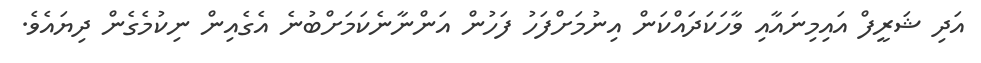
އަދި ޝަރީފް އައިމިނައާއި ވާހަކަދައްކަން އިނުމަށްފަހު ފަހުން އަންނާނެކަމަށްބުނެ އެގެއިން ނިކުމެގެން ދިޔައެވެ.